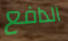
الدافع